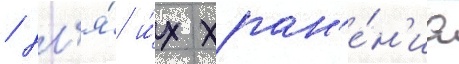
/ дл'я́ и́х хран'е́н'иа